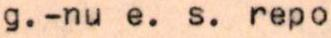
g.-nu e. s. repo